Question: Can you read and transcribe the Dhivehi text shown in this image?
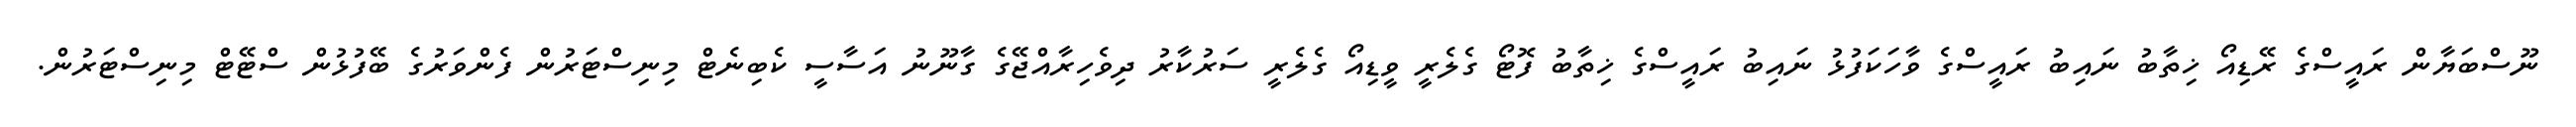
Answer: ނޫސްބަޔާން ރައީސްގެ ރޭޑިއޯ ޚިތާބު ނައިބު ރައީސްގެ ވާހަކަފުޅު ނައިބު ރައީސްގެ ޚިތާބު ފޮޓޯ ގެލެރީ ވީޑިއޯ ގެލެރީ ސަރުކާރު ދިވެހިރާއްޖޭގެ ގާނޫނު އަސާސީ ކެބިނެޓް މިނިސްޓަރުން ފެންވަރުގެ ބޭފުޅުން ސްޓޭޓް މިނިސްޓަރުން.